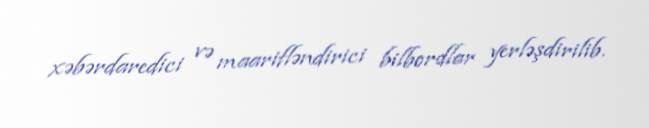
xəbərdaredici və maarifləndirici bilbordlar yerləşdirilib.